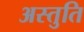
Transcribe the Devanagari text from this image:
अस्तुति